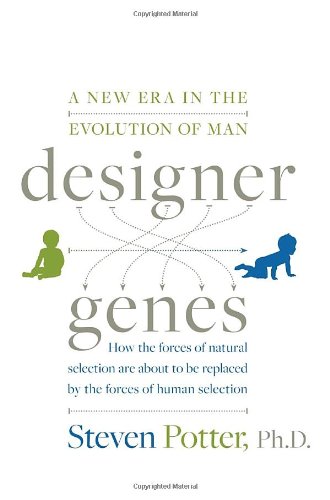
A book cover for Designer Genes: A New Era in the Evolution of Man; Steven Potter; Health, Fitness & Dieting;